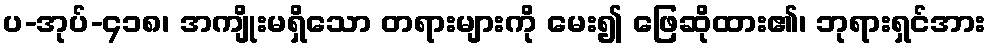
ပ-အုပ်-၄၁၈၊ အကျိုးမရှိသော တရားများကို မေး၍ ဖြေဆိုထား၏၊ ဘုရားရှင်အား